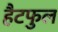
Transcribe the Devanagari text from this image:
हैटफुल